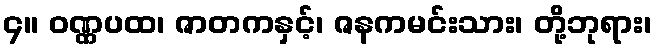
၄။ ဝဏ္ဏပထ၊ ဇာတကနှင့်၊ ဇနကမင်းသား၊ တို့ဘုရား၊